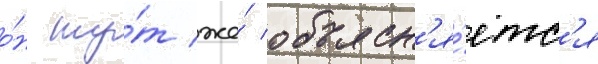
о́н ту́т же́ объясн'я́етс'я